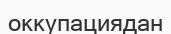
оккупациядан